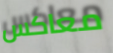
معاكس